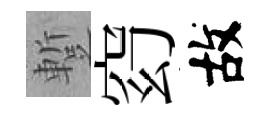
蹔𥥆故